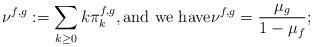
LaTeX: \begin{align*} \nu^{f,g}:=\sum_{k\geq0}k\pi_k^{f,g},\mbox{and we have}\nu^{f,g}=\frac{\mu_g}{1-\mu_f};\vadjust{\eject}\end{align*}